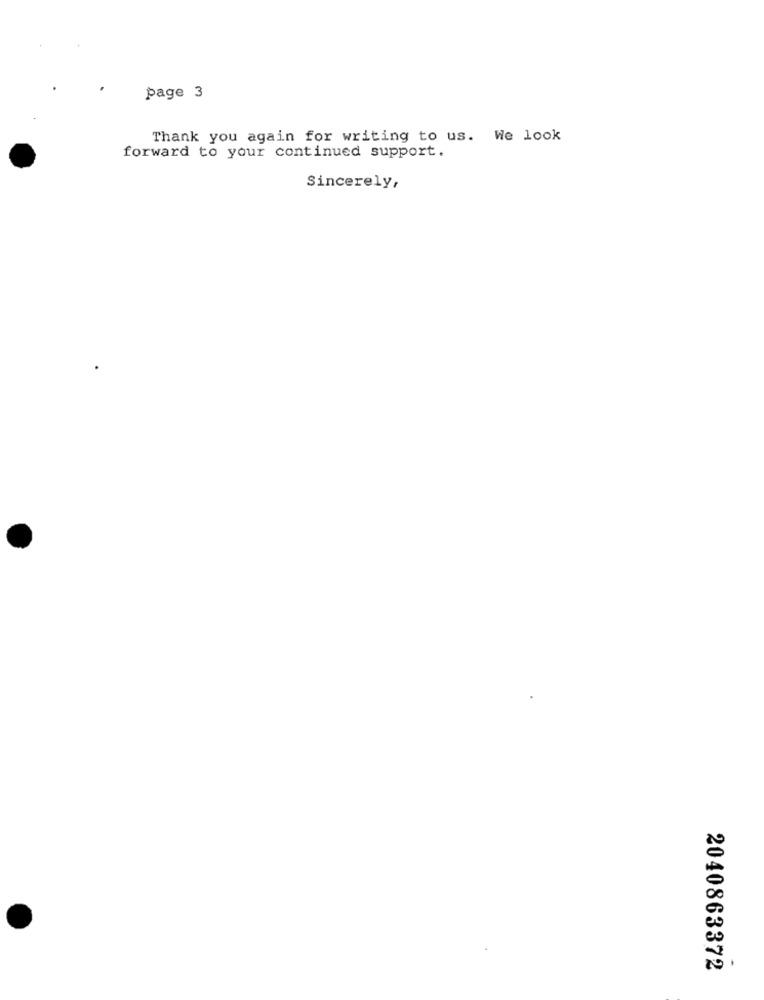
page 3
Thank you again for writing to us. We look
forward to your continued support.
Sincerely,
2040863372